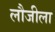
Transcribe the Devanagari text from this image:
लौजीला